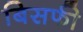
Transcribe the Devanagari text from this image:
बिसफी